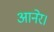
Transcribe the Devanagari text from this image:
आनेर।